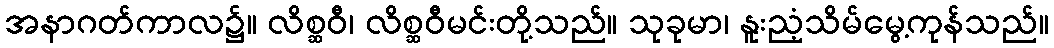
အနာဂတ်ကာလ၌။ လိစ္ဆဝီ၊ လိစ္ဆဝီမင်းတို့သည်။ သုခုမာ၊ နူးညံ့သိမ်မွေ့ကုန်သည်။